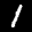
Label: 1